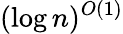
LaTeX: (\log n)^{O(1)}